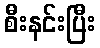
စီးနင်းပြီး